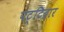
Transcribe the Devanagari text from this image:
पट्टिदार